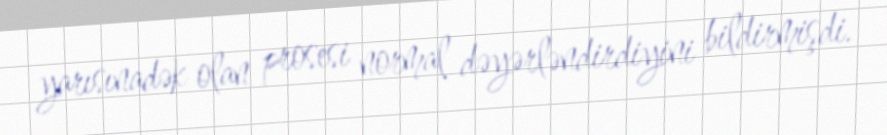
yarısınadək olan prosesi normal dəyərləndirdiyini bildirmişdi.